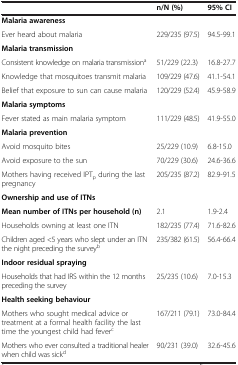
|  | n/N (%) | 95% CI |
 | --- | --- | --- |
 | Malaria awareness |  |  |
 | Ever heard about malaria | 229/235 (97.5) | 94.5-99.1 |
 | Malaria transmission |  |  |
 | Consistent knowledge on malaria transmissiona | 51/229 (22.3) | 16.8-27.7 |
 | Knowledge that mosquitoes transmit malaria | 109/229 (47.6) | 41.1-54.1 |
 | Belief that exposure to sun can cause malaria | 120/229 (52.4) | 45.9-58.9 |
 | Malaria symptoms |  |  |
 | Fever stated as main malaria symptom | 111/229 (48.5) | 41.9-55.0 |
 | Malaria prevention |  |  |
 | Avoid mosquito bites | 25/229 (10.9) | 6.8-15.0 |
 | Avoid exposure to the sun | 70/229 (30.6) | 24.6-36.6 |
 | Mothers having received IPTp during the last pregnancy | 205/235 (87.2) | 82.9-91.5 |
 | Ownership and use of ITNs |  |  |
 | Mean number of ITNs per household (n) | 2.1 | 1.9-2.4 |
 | Households owning at least one ITN | 182/235 (77.4) | 71.6-82.6 |
 | Children aged <5 years who slept under an ITN the night preceding the surveyb | 235/382 (61.5) | 56.4-66.4 |
 | Indoor residual spraying |  |  |
 | Households that had IRS within the 12 months preceding the survey | 25/235 (10.6) | 7.0-15.3 |
 | Health seeking behaviour |  |  |
 | Mothers who sought medical advice or treatment at a formal health facility the last time the youngest child had feverc | 167/211 (79.1) | 73.0-84.4 |
 | Mothers who ever consulted a traditional healer when child was sickd | 90/231 (39.0) | 32.6-45.6 |